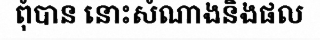
ពុំបាន នោះសំណាងនិងផល